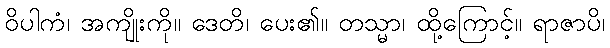
ဝိပါကံ၊ အကျိုးကို။ ဒေတိ၊ ပေး၏။ တသ္မာ၊ ထို့ကြောင့်။ ရာဇာပိ၊